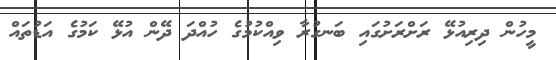
މީހުން ދިރިއުޅޭ ރަށްރަށުގައި ބަނގުރާ ވިއްކުމުގެ ހުއްދަ ދޭން އުޅޭ ކަމުގެ އަޑުތައް